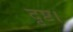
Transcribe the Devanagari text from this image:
दृष्ट।